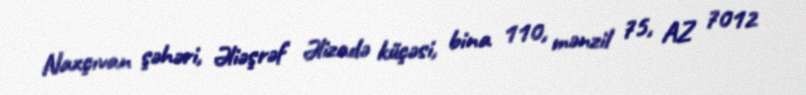
Naxçıvan şəhəri, Əliəşrəf Əlizadə küçəsi, bina 110, mənzil 75, AZ 7012